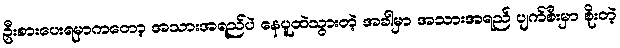
ဦးစားပေးရမှာကတော့ အသားအရည်ပဲ နေပူထဲသွားတဲ့ အခါမှာ အသားအရည် ပျက်စီးမှာ စိုးတဲ့